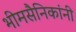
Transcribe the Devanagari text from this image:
भीमसैनिकांनी